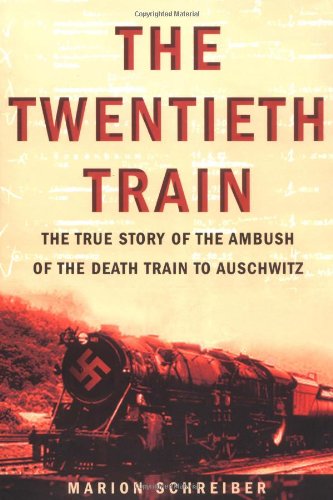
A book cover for The Twentieth Train: The True Story of the Ambush of the Death Train to Auschwitz; Marion Schreiber; History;